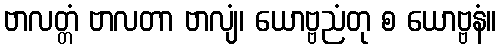
ဗာလတ္တံ ဗာလတာ ဗာလျံ၊ ယောဗ္ဗညံတု စ ယောဗ္ဗနံ။